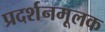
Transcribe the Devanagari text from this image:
प्रदर्शनमूलक